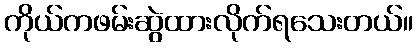
ကိုယ်ကဖမ်းဆွဲထားလိုက်ရသေးတယ်။